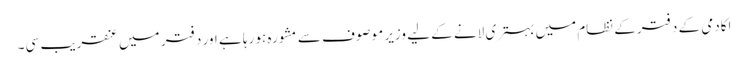
اکادمی کے دفترکے نظام میں بہتری لانے کے لیے وزیر موصوف سے مشورہ ہو رہا ہے اور دفتر میں عنقریب سی۔